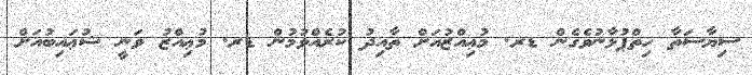
ސިޔާސަތާ ހިތްޕުޅާނުވެގެން ޑރ. މުޢިއްޒުއަށް ތާއިދު ކުރެއްވުމުން ޑރ. މުޢިއްޒު ވަނީ ޝުޢައިބުއަށް